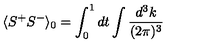
\langle S ^ { + } S ^ { - } \rangle _ { 0 } = \int _ { 0 } ^ { 1 } d t \int \frac { d ^ { 3 } k } { ( 2 \pi ) ^ { 3 } }